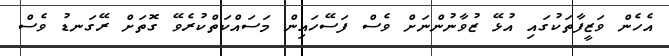
އެހެން ވަޒީފާތަކުގައި އުޅޭ ޒުވާނުންނަށް ވެސް ފަސޭހައިން މަސައްކަތްކުރެވޭ ގޮތަށް ރޭގަނޑު ވެސް